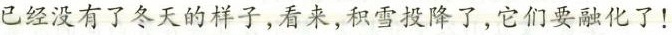
已经没有了冬天的样子，看来，积雪投降了，它们要融化了！